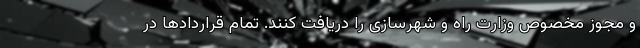
و مجوز مخصوص وزارت راه و شهرسازی را دریافت کنند. تمام قراردادها در